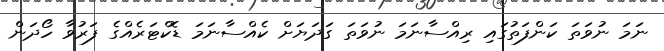
ނަމަ ނުވަތަ ކަންފަތުގައި ރިއްސާނަމަ ނުވަތަ ގަދަޔަށް ކެއްސާނަމަ ޑޮކްޓަރެއްގެ ފަރުވާ ހޯދަން